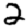
Digit: 2